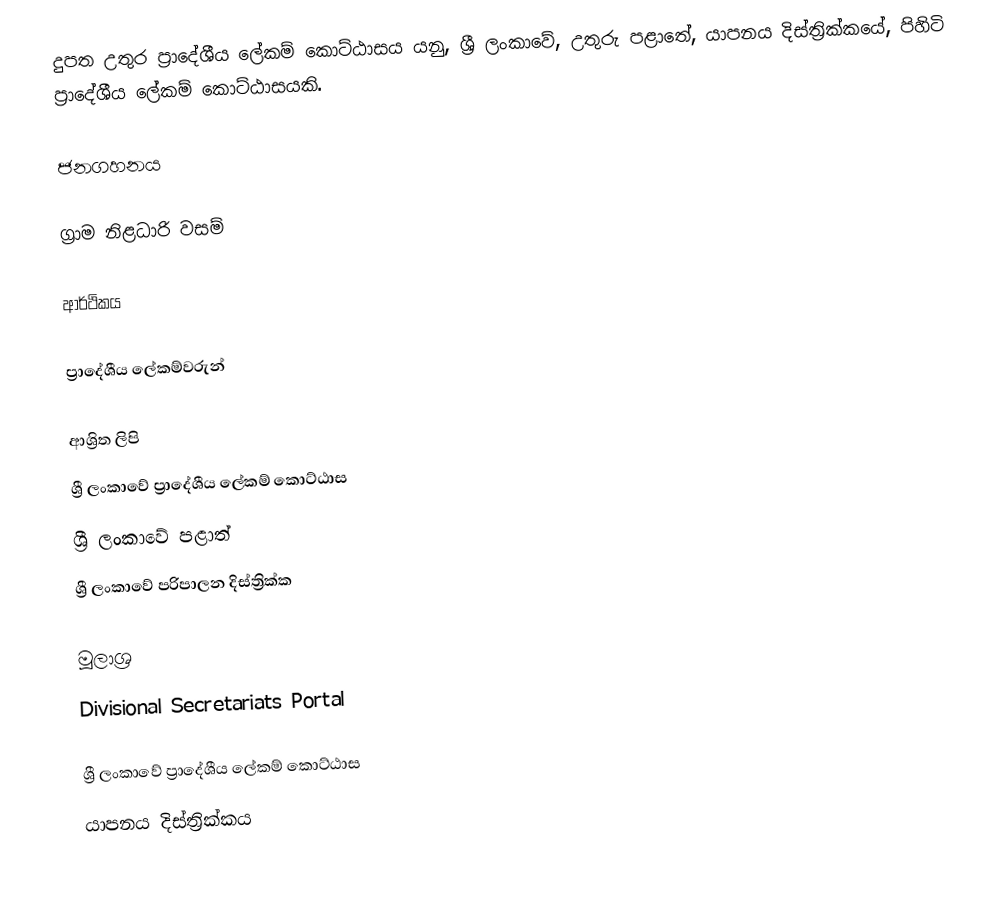
දුපත උතුර ප්‍රාදේශීය ලේකම් කොට්ඨාසය යනු,  ශ්‍රී ලංකාවේ, උතුරු පළාතේ,   යාපනය දිස්ත්‍රික්කයේ, පිහිටි ප්‍රාදේශීය ලේකම් කොට්ඨාසයකි.

ජනගහනය

ග්‍රාම නිළධාරි වසම්

ආර්ථිකය

ප්‍රාදේශීය ලේකම්වරුන්

ආශ්‍රිත ලිපි
ශ්‍රී ලංකාවේ ප්‍රාදේශීය ලේකම් කොට්ඨාස
ශ්‍රී ලංකාවේ පළාත්
ශ්‍රී ලංකාවේ පරිපාලන දිස්ත්‍රික්ක

මූලාශ්‍ර
 Divisional Secretariats Portal

ශ්‍රී ලංකාවේ ප්‍රාදේශීය ලේකම් කොට්ඨාස
යාපනය දිස්ත්‍රික්කය